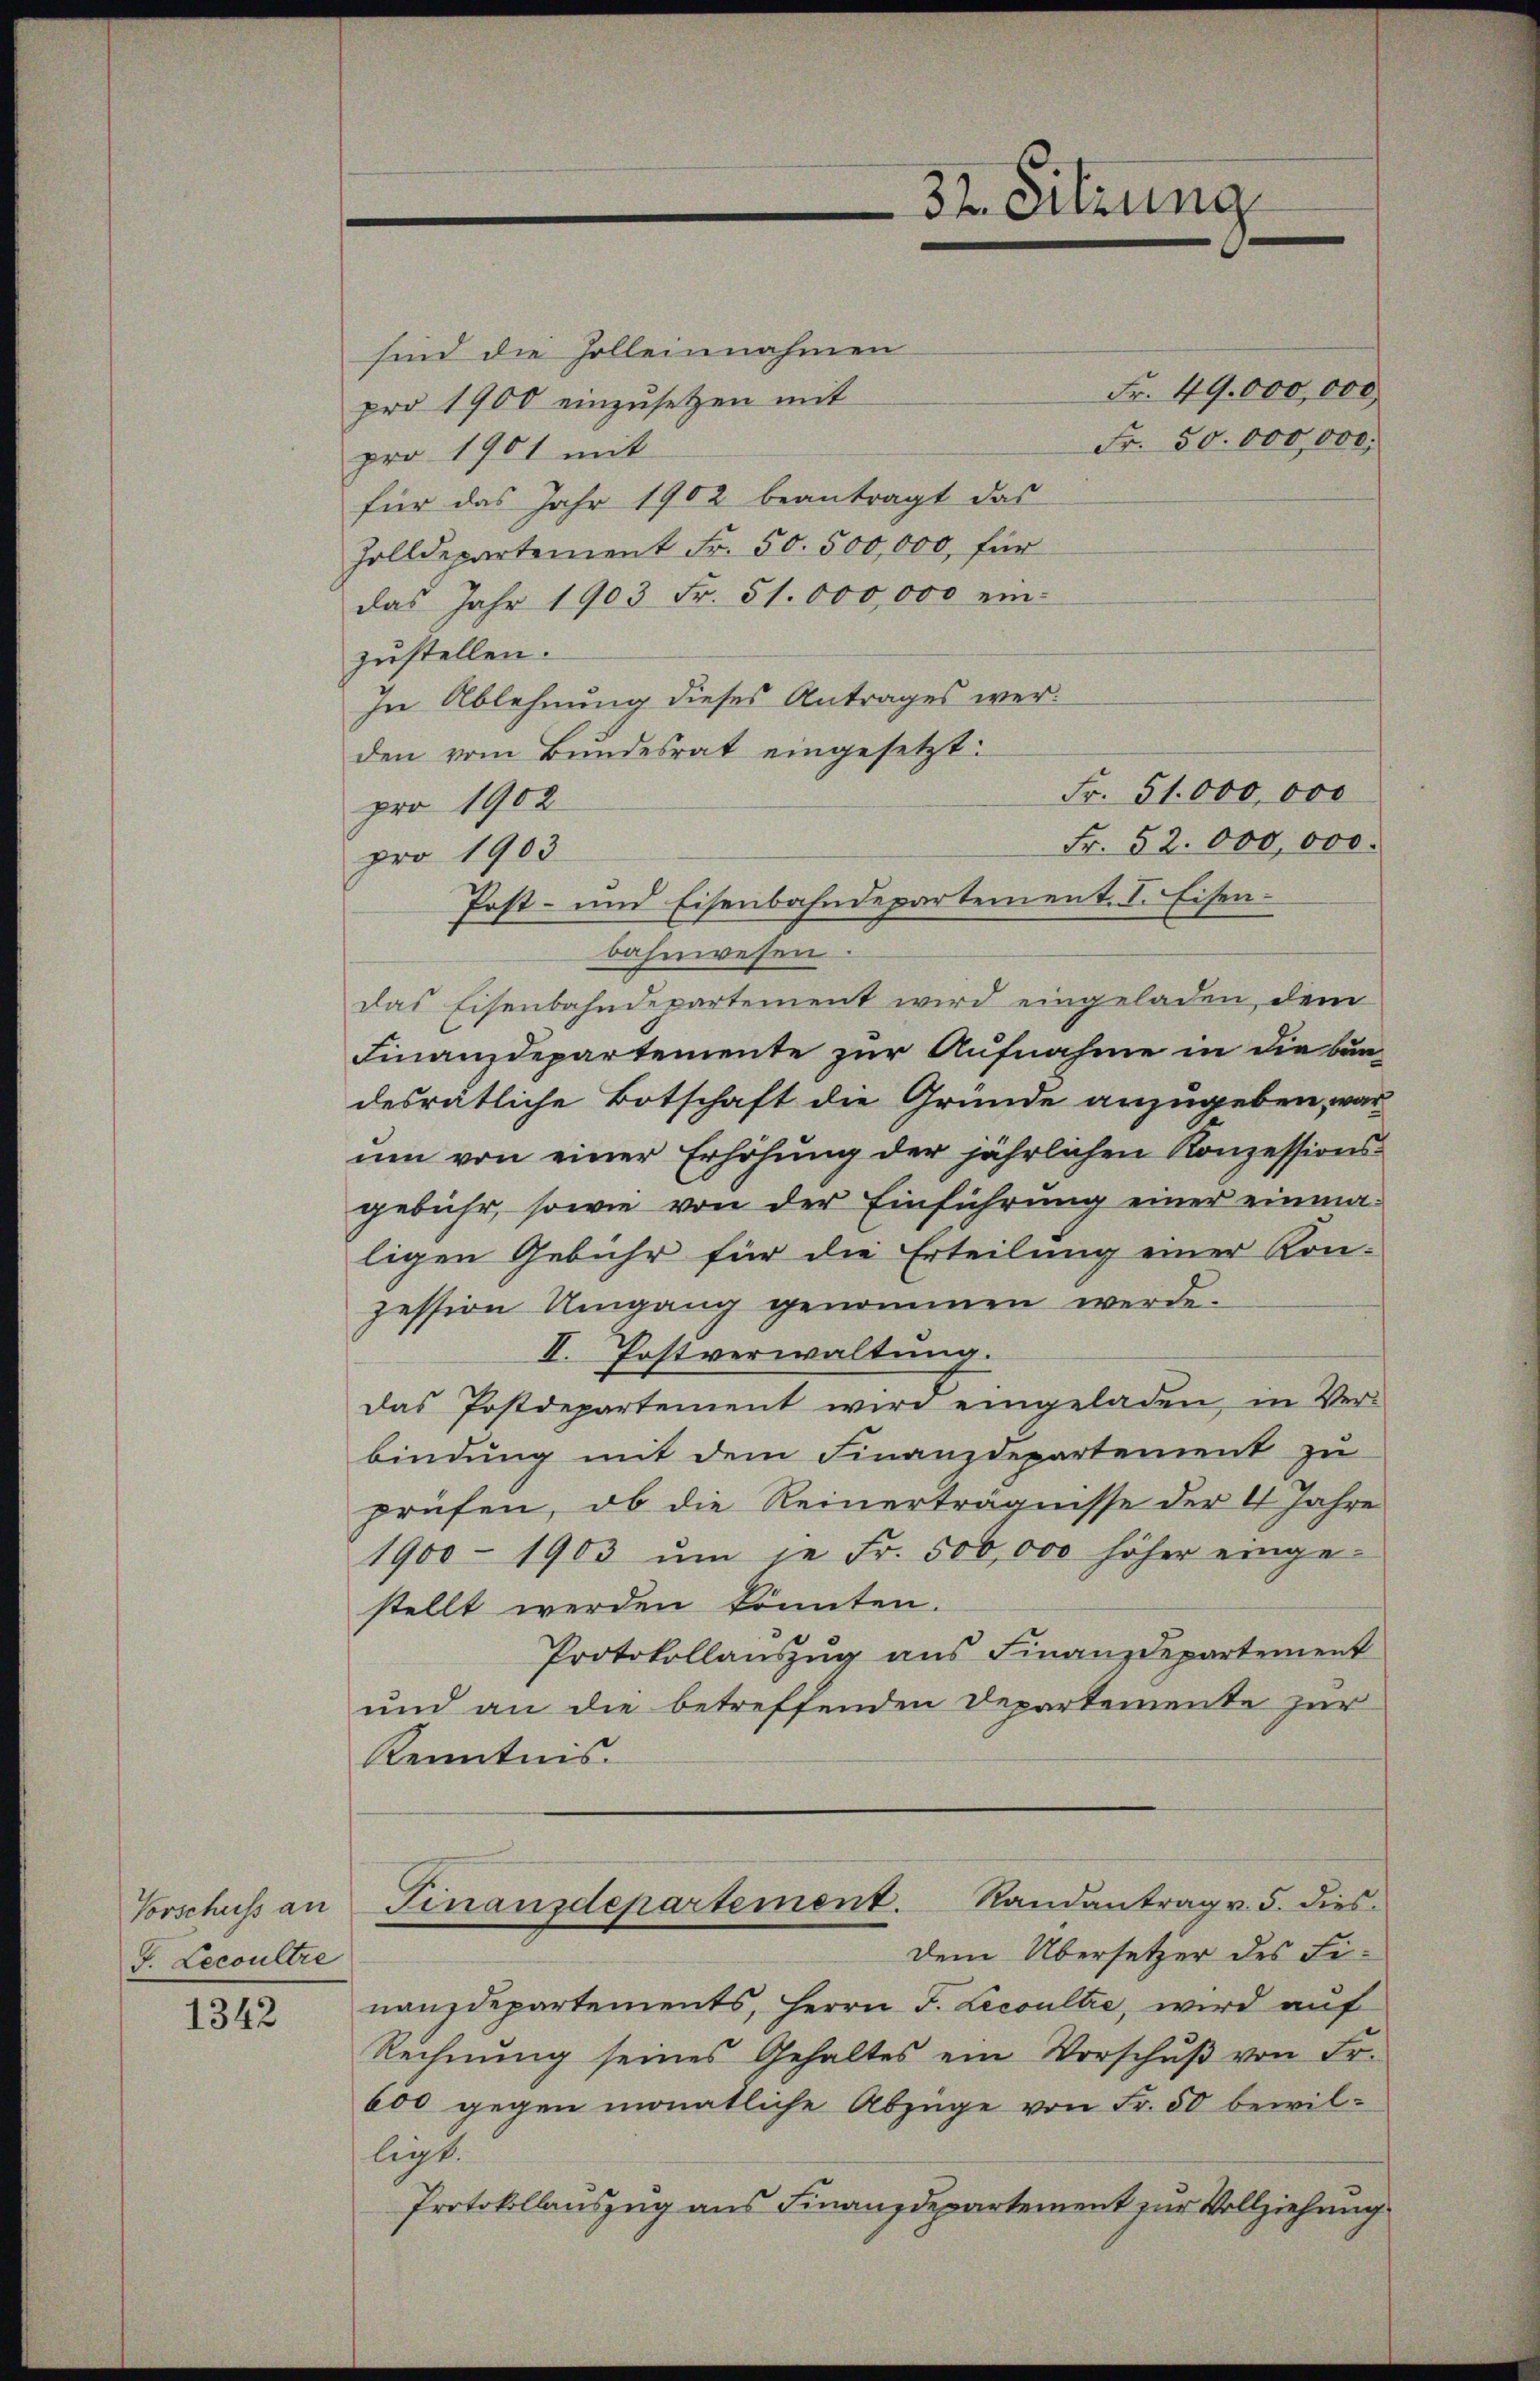
Vorschuss an
f. Lecoultre

1342

sind die Zolleinnahmen
pro 1900 einzusetzen mit
pro 1901 mit
für das Jahr 1902 beantragt das
Zolldepartement Fr. 50. 500,000, für
das Jahr 1903 Fr. 51. 000,000 ein-
zustellen.
In Ablehnung dieses Antrages werden vom Bundesrat eingesetzt:
Fr. 51. 000,000
pro 1902
Fr. 52. 000,000.
pro 1903
bahnwesen
das Eisenbahndepartement wird eingeladen, dem
Finanzdepartemente zur Aufnahme in die bundesrätliche Botschaft die Gründe anzugeben, war
ŭm von einer Erhöhung der jährlichen Konzessions-
gebühr, sowie von der Einführung einer einmaligen Gebühr für die Erteilung einer Kon-
zession Umgang genommen werde.
II. Postverwaltung.
das Postdepartement wird eingeladen, in Ver-
bindung mit dem Finanzdepartement zu
prüfen, ob die Reinerträgnisse der 4 Jahre
1900 - 1903 um je Fr. 500,000 höher einge-
stellt werden könnten.
Protokollauszug aus Finanzdepartement
und an die betreffenden Departemente zur
Kenntnis.
Finanzdepartement. Randantrag v. 5. dies
Dem Übersetzer des Fi-
nanzdepartements, Herrn J. Lecoultre, wird auf
Rechnŭng seines Gehaltes ein Vorschŭβ von Fr.
600 gegen monatliche Abzüge von Fr. 50 bewil-
ligt.
Protokollauszug aus Finanzdepartement zur Vollziehung

Post- und Eisenbahndepartement. I. Eisen¬

32. Sitzung

Fr. 49. 000,000
Fr. 50. 000,000.